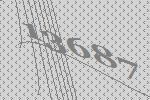
13687